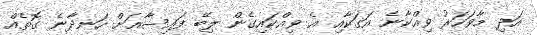
އަދި މާވަހަރު ވިއްކާނެ އަގަކާއި އެ ވިއްކައިގެން ލިބޭ ފައިސާއަށް ހަނދާނެ ގޮތެއް